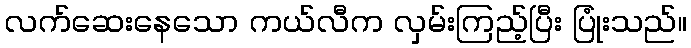
လက်ဆေးနေသော ကယ်လီက လှမ်းကြည့်ပြီး ပြုံးသည်။